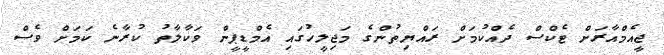
ޖީއެމްއާރަށް ޓެކްސް ދެއްކުމަށް ރައްޔިތުންގެ މަޖިލީހުގައި އެމްޑީޕީން ވަކާލާތު ކުރާނެ ކަމަށް ވެސް